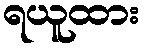
ရယူထား